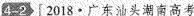
4-2 [2018·广东汕头潮南高考